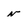
Character: n